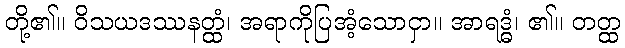
တို့၏။ ဝိသယဒဿနတ္ထံ၊ အရာကိုပြအံ့သောငှာ။ အာရဒ္ဓံ၊ ၏။ တတ္ထ